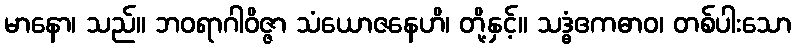
မာနော၊ သည်။ ဘဝရာဂါဝိဇ္ဇာ သံယောဇနေဟိ၊ တို့နှင့်။ သဒ္ဓံဧကဓာဝ၊ တစ်ပါးသော